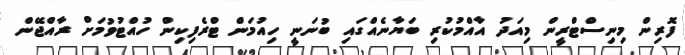
ފޮރިން މިނިސްޓްރީން މިއަދު އާއްމުކުރި ބަޔާނެއްގައި ބުނަނީ ހިއުމަން ޓްރެފިކިން ހުއްޓުވުމަށް ރާއްޖޭން